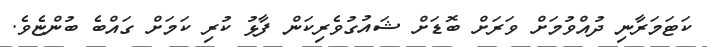
ކަޓަމަރާނި ދުއްވުމަށް ވަރަށް ބޮޑަށް ޝައުގުވެރިކަން ފާޅު ކުރި ކަމަށް ގައްބެ ބުންޏެވެ.